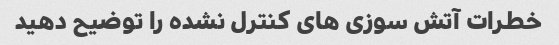
خطرات آتش سوزی های کنترل نشده را توضیح دهید